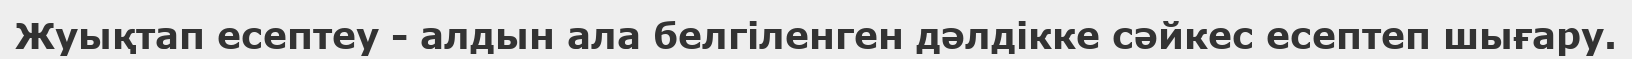
Жуықтап есептеу - алдын ала белгіленген дәлдікке сәйкес есептеп шығару.